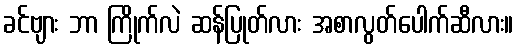
ခင်ဗျား ဘာ ကြိုက်လဲ ဆန်ပြုတ်လား အစာလွတ်ပေါက်ဆီလား။